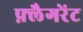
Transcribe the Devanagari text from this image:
फ़्लैगरेंट